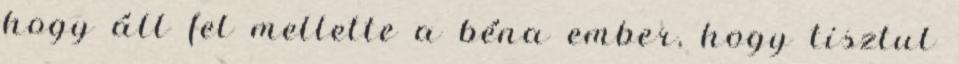
hogy áll fel mellette a béna ember, hogy tisztul